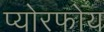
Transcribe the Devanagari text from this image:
प्योरफोय